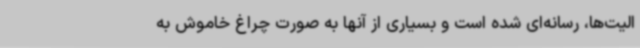
الیت‌ها، رسانه‌ای شده است و بسیاری از آنها به صورت چراغ خاموش به